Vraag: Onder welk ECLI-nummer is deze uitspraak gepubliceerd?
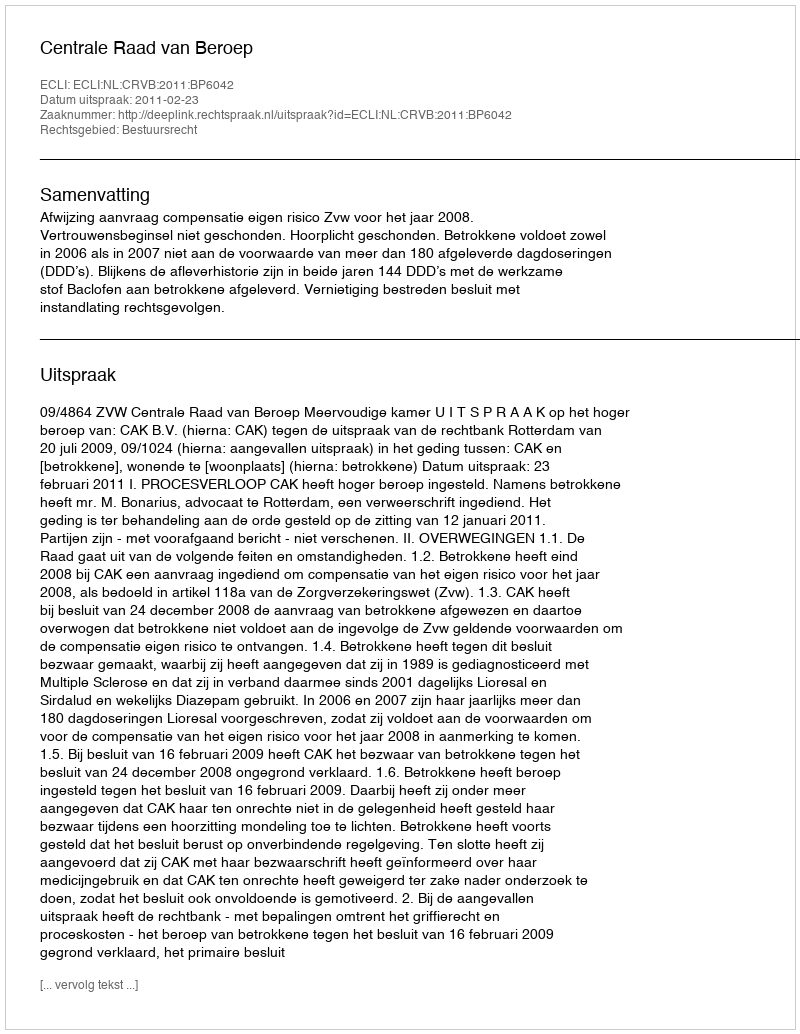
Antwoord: ECLI:NL:CRVB:2011:BP6042